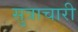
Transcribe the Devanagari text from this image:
सुत्राचारी